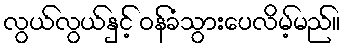
လွယ်လွယ်နှင့် ဝန်ခံသွားပေလိမ့်မည်။